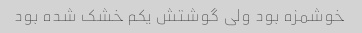
خوشمزه بود ولی گوشتش یکم خشک شده بود